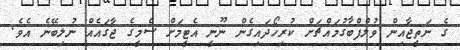
ގެ ނަތީޖާއިން ވުލްފްބާގުމައްޗަށް ކުރިހޯދައިގެން ނޫނީ އެޓީމަށް ސެމީގެ ޖާގައެއް ނުލިބޭނެ އެވެ.